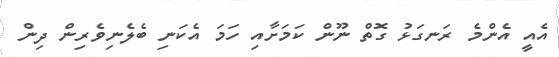
އެއީ އެންމެ ރަނގަޅު ގޮތް ނޫން ކަމަށާއި ހަމަ އެކަނި ބެލެނިވެރިން ދިން